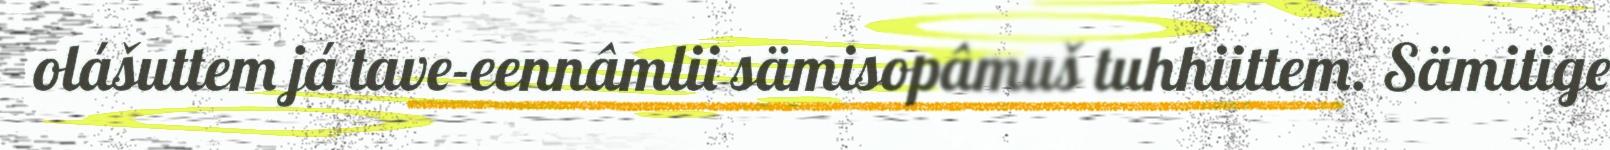
olášuttem já tave-eennâmlii sämisopâmuš tuhhiittem. Sämitige